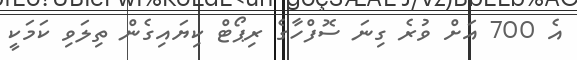
އެ 700 އަށް ވުރެ ގިނަ ސޮފްހާގެ ރިޕޯޓް ކިޔައިގެން ތިލަވި ކަމަކީ